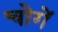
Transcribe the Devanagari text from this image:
चोगें